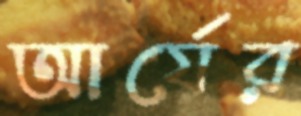
আর্যের